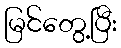
မြင်တွေ့ပြီး